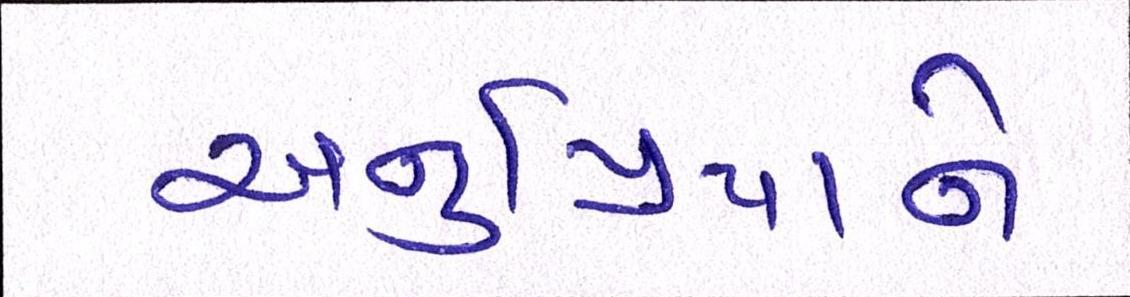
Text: અનુપ્રિયાને